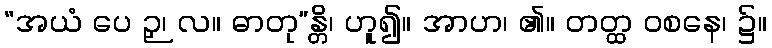
“အယံ ပေ ဉှ၊ လ။ ဓာတု”န္တိ၊ ဟူ၍။ အာဟ၊ ၏။ တတ္ထ ဝစနေ၊ ၌။